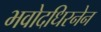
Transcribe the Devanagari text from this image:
भवोदधिरनेन